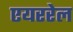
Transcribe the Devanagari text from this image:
एयररेल